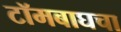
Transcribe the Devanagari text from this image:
टॉमबाघचा